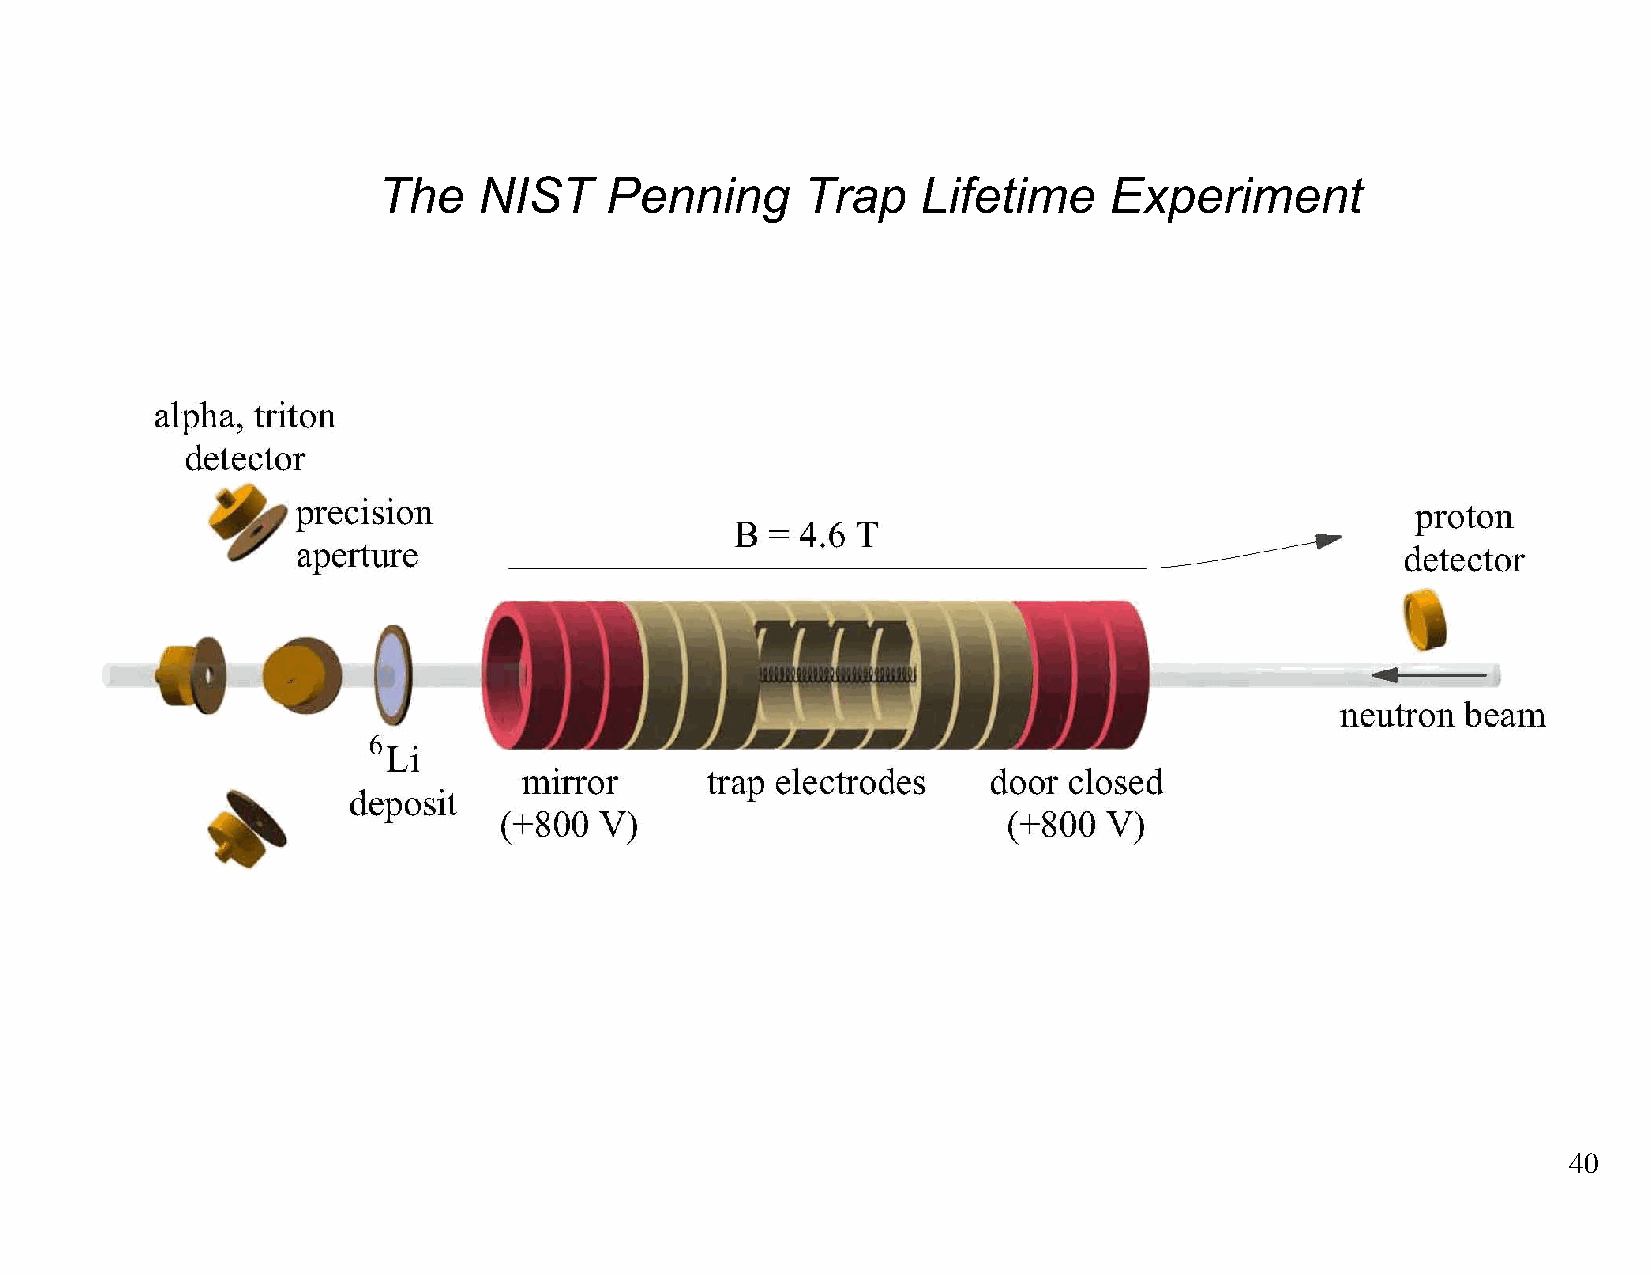
The    NIST    Penning      Trap    Lifetime    Experiment
 40